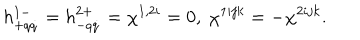
LaTeX: h _ { + q \dot { q } } ^ { 1 - } = h _ { - q \dot { q } } ^ { 2 + } = \chi ^ { 1 , 2 i } = 0 , \ \chi ^ { 1 i j k } = - \chi ^ { 2 i j k } .